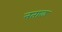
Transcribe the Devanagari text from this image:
नताळ